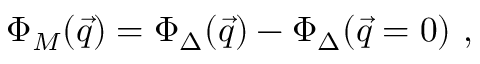
\Phi _ { M } ( \vec { q } ) = \Phi _ { \Delta } ( \vec { q } ) - \Phi _ { \Delta } ( \vec { q } = 0 ) ~ ,